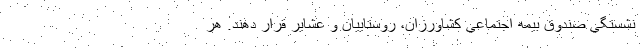
نشستگي صندوق بيمه اجتماعي كشاورزان، روستاييان و عشاير قرار دهند. هر